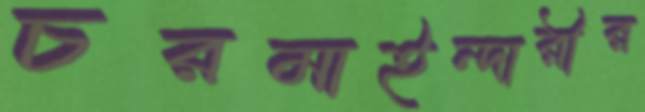
চরমাইন্দারীর